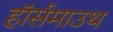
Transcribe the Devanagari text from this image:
हॉर्समाउथ